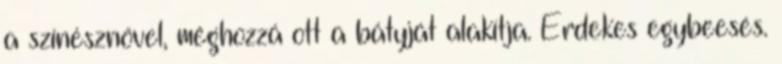
a színésznővel, méghozzá ott a bátyját alakítja. Érdekes egybeesés.